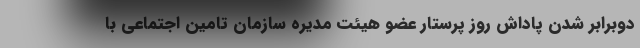
دوبرابر شدن پاداش روز پرستار عضو هیئت مدیره سازمان تامین اجتماعی با